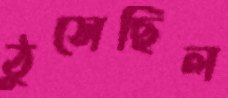
ঠুসেছিল